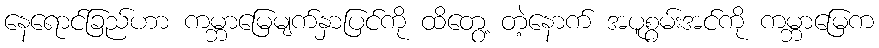
နေရောင်ခြည်ဟာ ကမ္ဘာမြေမျက်နှာပြင်ကို ထိတွေ့ တဲ့နောက် အပူစွမ်းအင်ကို ကမ္ဘာမြေက